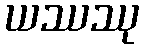
ယဿဿု